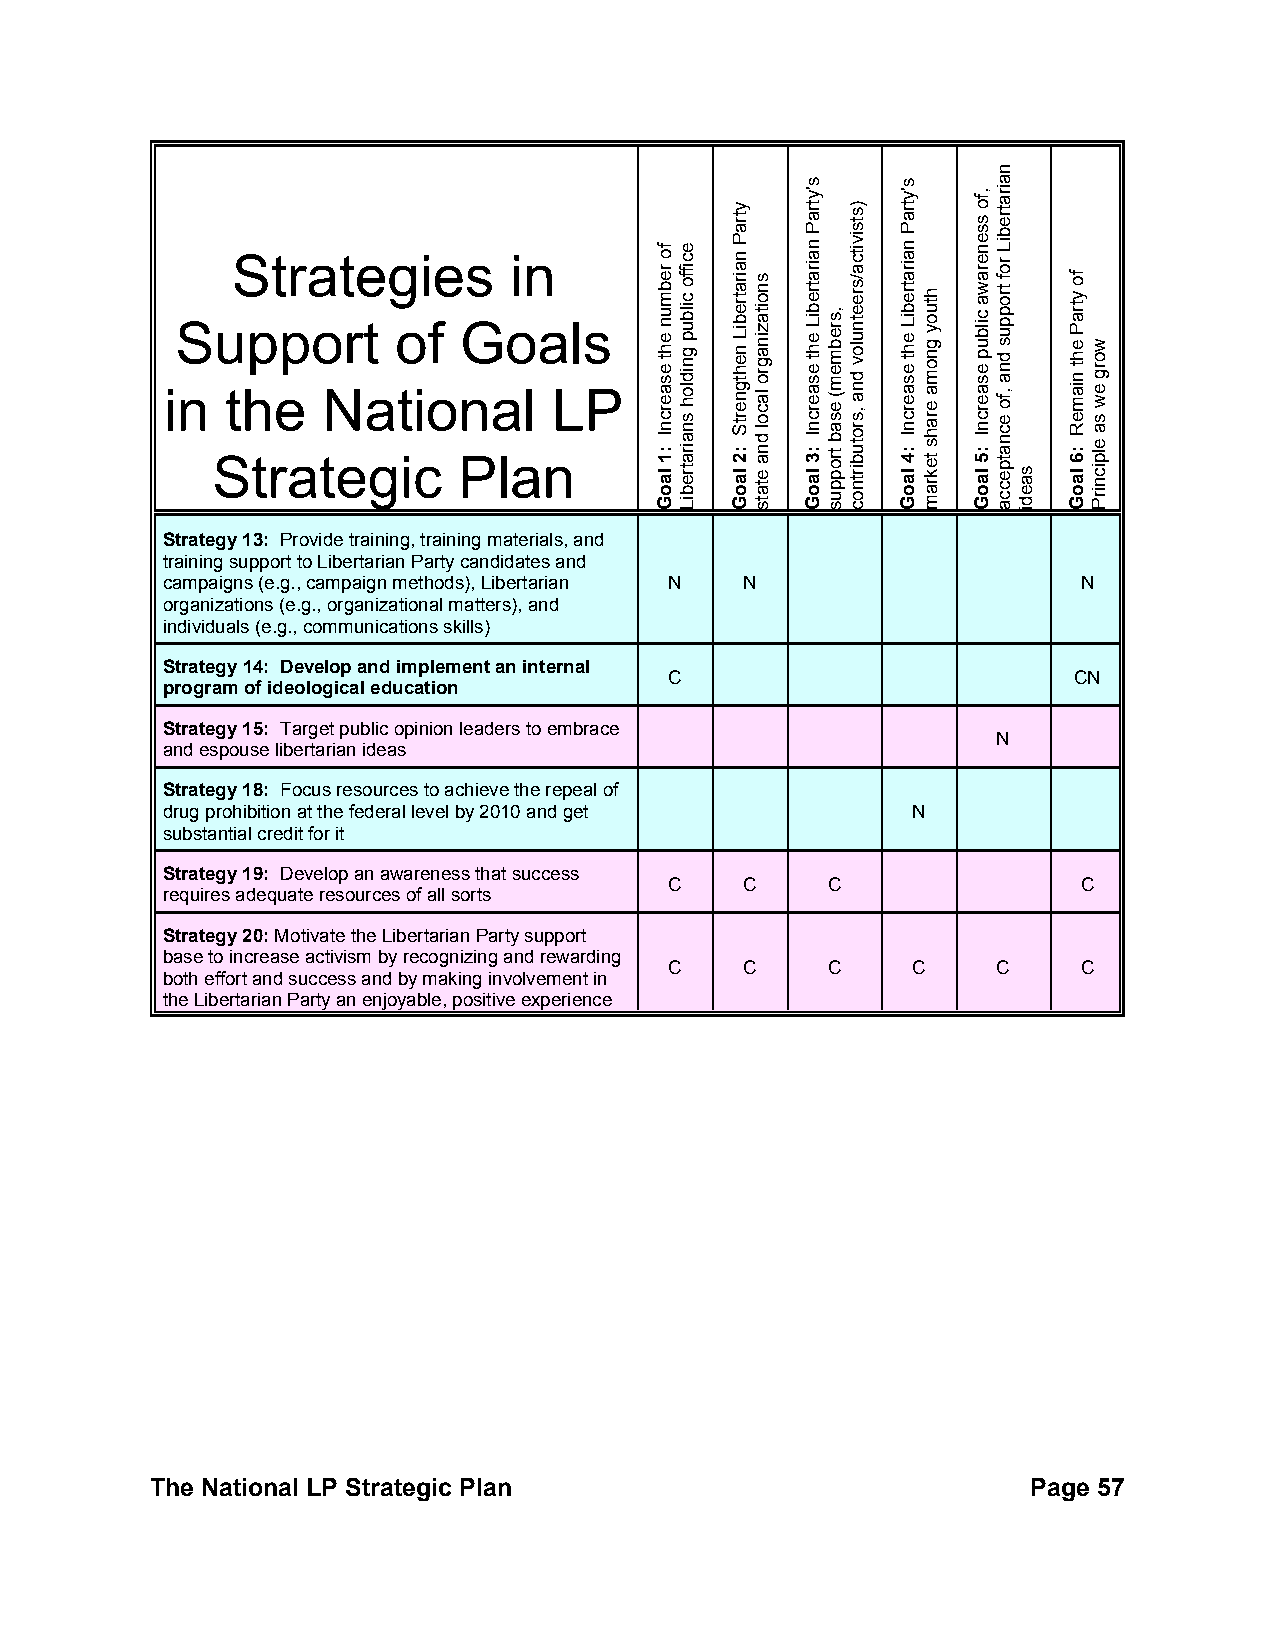
Strategies         in
 Support       of  Goals
 in  the   National        LP
 Strategic       Plan
 Strategy 13: Provide training, training materials, and
 training support to Libertarian Party candidates and
 campaigns (e.g., campaign methods), Libertarian N N          N
 organizations (e.g., organizational matters), and
 individuals (e.g., communications skills)
 Strategy 14: Develop and implement an internal
 C                          CN
 program of ideological education
 Strategy 15: Target public opinion leaders to embrace
 N
 and espouse libertarian ideas
 Strategy 18: Focus resources to achieve the repeal of
 drug prohibition at the federal level by 2010 and get N
 substantial credit for it
 Strategy 19: Develop an awareness that success
 C    C     C                C
 requires adequate resources of all sorts
 Strategy 20: Motivate the Libertarian Party support
 base to increase activism by recognizing and rewarding
 C    C     C    C     C     C
 both effort and success and by making involvement in
 the Libertarian Party an enjoyable, positive experience
 The National LP Strategic Plan                            Page 57
 fo
 rebmun
 eht
 esaercnI
 :1
 laoG
 eciffo
 cilbup
 gnidloh
 snairatrebiL
 ytraP
 nairatrebiL
 nehtgnertS
 :2
 laoG
 snoitazinagro
 lacol
 dna
 etats
 s'ytraP
 nairatrebiL
 eht
 esaercnI
 :3
 laoG
 ,srebmem(
 esab
 troppus
 )stsivitca/sreetnulov
 dna
 ,srotubirtnoc
 s'ytraP
 nairatrebiL
 eht
 esaercnI
 :4
 laoG
 htuoy
 gnoma
 erahs
 tekram
 ,fo
 ssenerawa
 cilbup
 esaercnI
 :5
 laoG
 nairatrebiL
 rof
 troppus
 dna
 ,fo
 ecnatpecca
 saedi
 fo
 ytraP
 eht
 niameR
 :6
 laoG
 worg
 ew
 sa
 elpicnirP